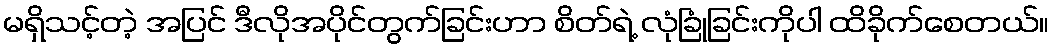
မရှိသင့်တဲ့ အပြင် ဒီလိုအပိုင်တွက်ခြင်းဟာ စိတ်ရဲ့ လုံခြုံခြင်းကိုပါ ထိခိုက်စေတယ်။